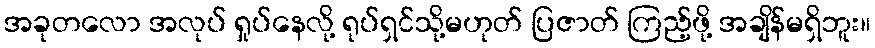
အခုတလော အလုပ် ရှုပ်နေလို့ ရုပ်ရှင်သို့မဟုတ် ပြဇာတ် ကြည့်ဖို့ အချိန်မရှိဘူး။